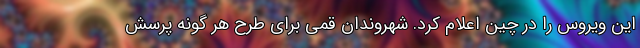
این ویروس را در چین اعلام کرد. شهروندان قمی برای طرح هر گونه پرسش